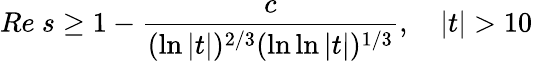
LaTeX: Re\ s\geq 1-{\frac{c}{(\ln|t|)^{2/3}(\ln\ln|t|)^{1/3}}},\quad|t|>10